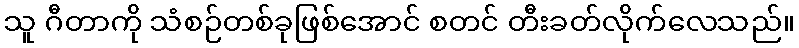
သူ ဂီတာကို သံစဉ်တစ်ခုဖြစ်အောင် စတင် တီးခတ်လိုက်လေသည်။